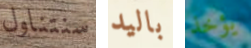
سنتناول باليد يؤخذ